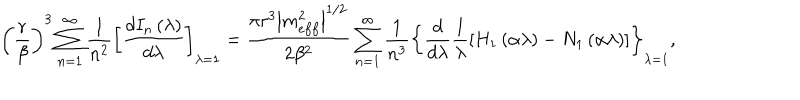
\left( \frac { r } { \beta } \right) ^ { 3 } \sum _ { n = 1 } ^ { \infty } \frac { 1 } { n ^ { 2 } } \left[ \frac { d I _ { n } \left( \lambda \right) } { d \lambda } \right] _ { \lambda = 1 } = \frac { \pi r ^ { 3 } \left| m _ { e f f } ^ { 2 } \right| ^ { 1 / 2 } } { 2 \beta ^ { 2 } } \sum _ { n = 1 } ^ { \infty } \frac { 1 } { n ^ { 3 } } \left\{ \frac { d } { d \lambda } \frac { 1 } { \lambda } \left[ H _ { 1 } \left( \alpha \lambda \right) - N _ { 1 } \left( \alpha \lambda \right) \right] \right\} _ { \lambda = 1 } ,